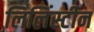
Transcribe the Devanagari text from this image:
लिलिंस्टीन